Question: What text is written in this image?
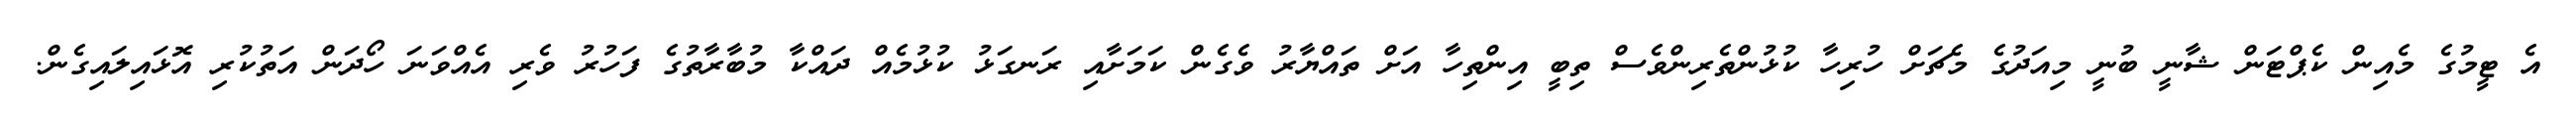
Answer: އެ ޓީމުގެ މެއިން ކެޕްޓަން ޝާނީ ބުނީ މިއަދުގެ މެޗަށް ހުރިހާ ކުޅުންތެރިންވެސް ތިބީ އިންތިހާ އަށް ތައްޔާރު ވެގެން ކަމަށާއި ރަނގަޅު ކުޅުމެއް ދައްކާ މުބާރާތުގެ ފަހުރު ވެރި އެއްވަނަ ހޯދަން އަތުކުރި އޮޅައިލައިގެން.